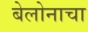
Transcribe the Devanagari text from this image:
बेलोनाचा